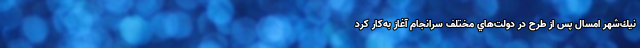
نيك‌شهر امسال پس از طرح در دولت‌هاي مختلف سرانجام آغاز به‌كار كرد